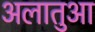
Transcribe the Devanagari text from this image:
अलातुआ